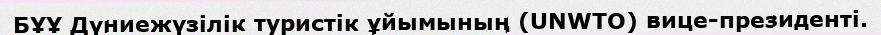
БҰҰ Дүниежүзілік туристік ұйымының (UNWTO) вице-президенті.